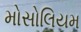
મોસોલિયમ